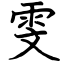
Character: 雯